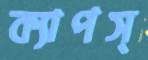
ক্যাপস্